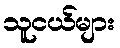
သူငယ်များ